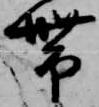
帯